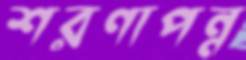
শরণাপন্ন